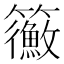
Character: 𥷲